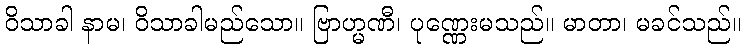
ဝိသာခါ နာမ၊ ဝိသာခါမည်သော။ ဗြာဟ္မဏီ၊ ပုဏ္ဏေးမသည်။ မာတာ၊ မခင်သည်။